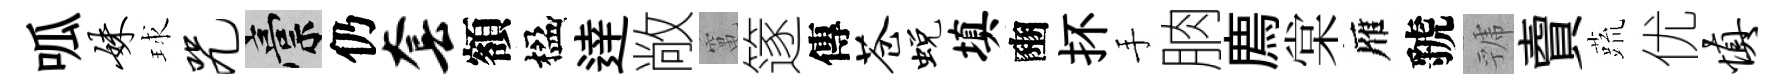
呱妹球咒稿仍套額楹逹敞𥧄篴傳苍蜕填豳抔手朒廌棠雁虢虢𧶠蔬优慎